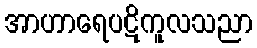
အာဟာရေပဋိကူလသညာ